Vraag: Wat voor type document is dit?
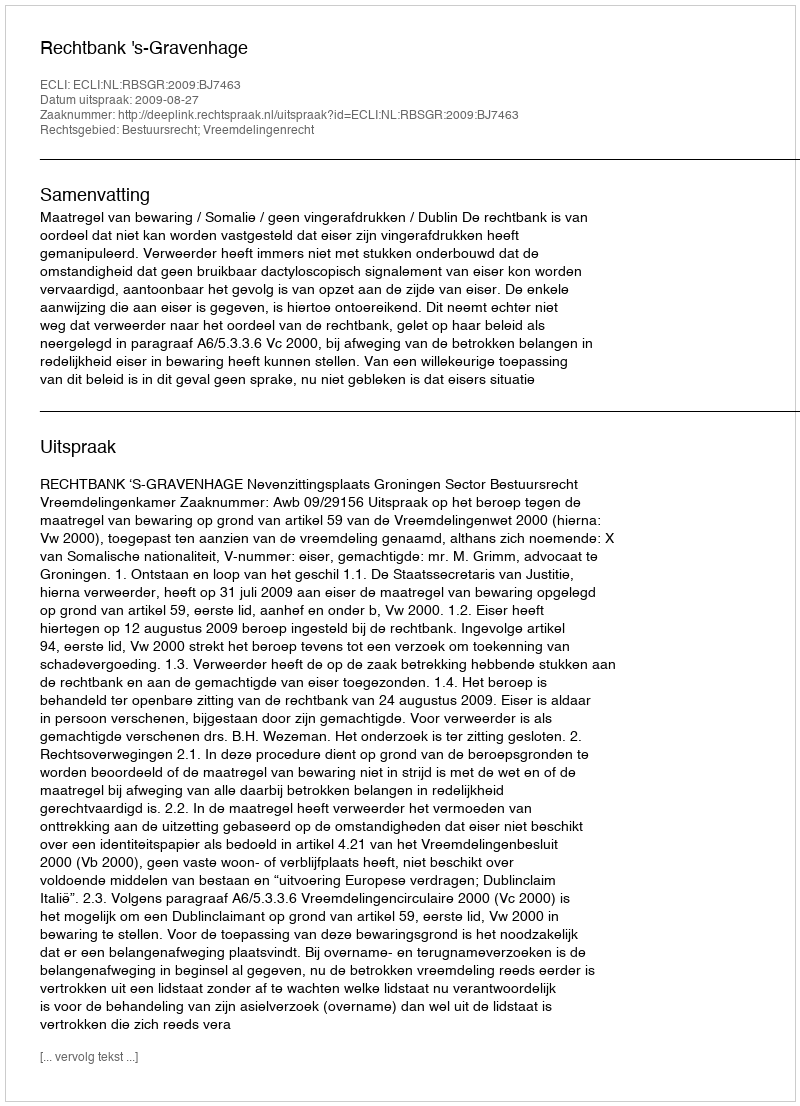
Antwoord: Uitspraak